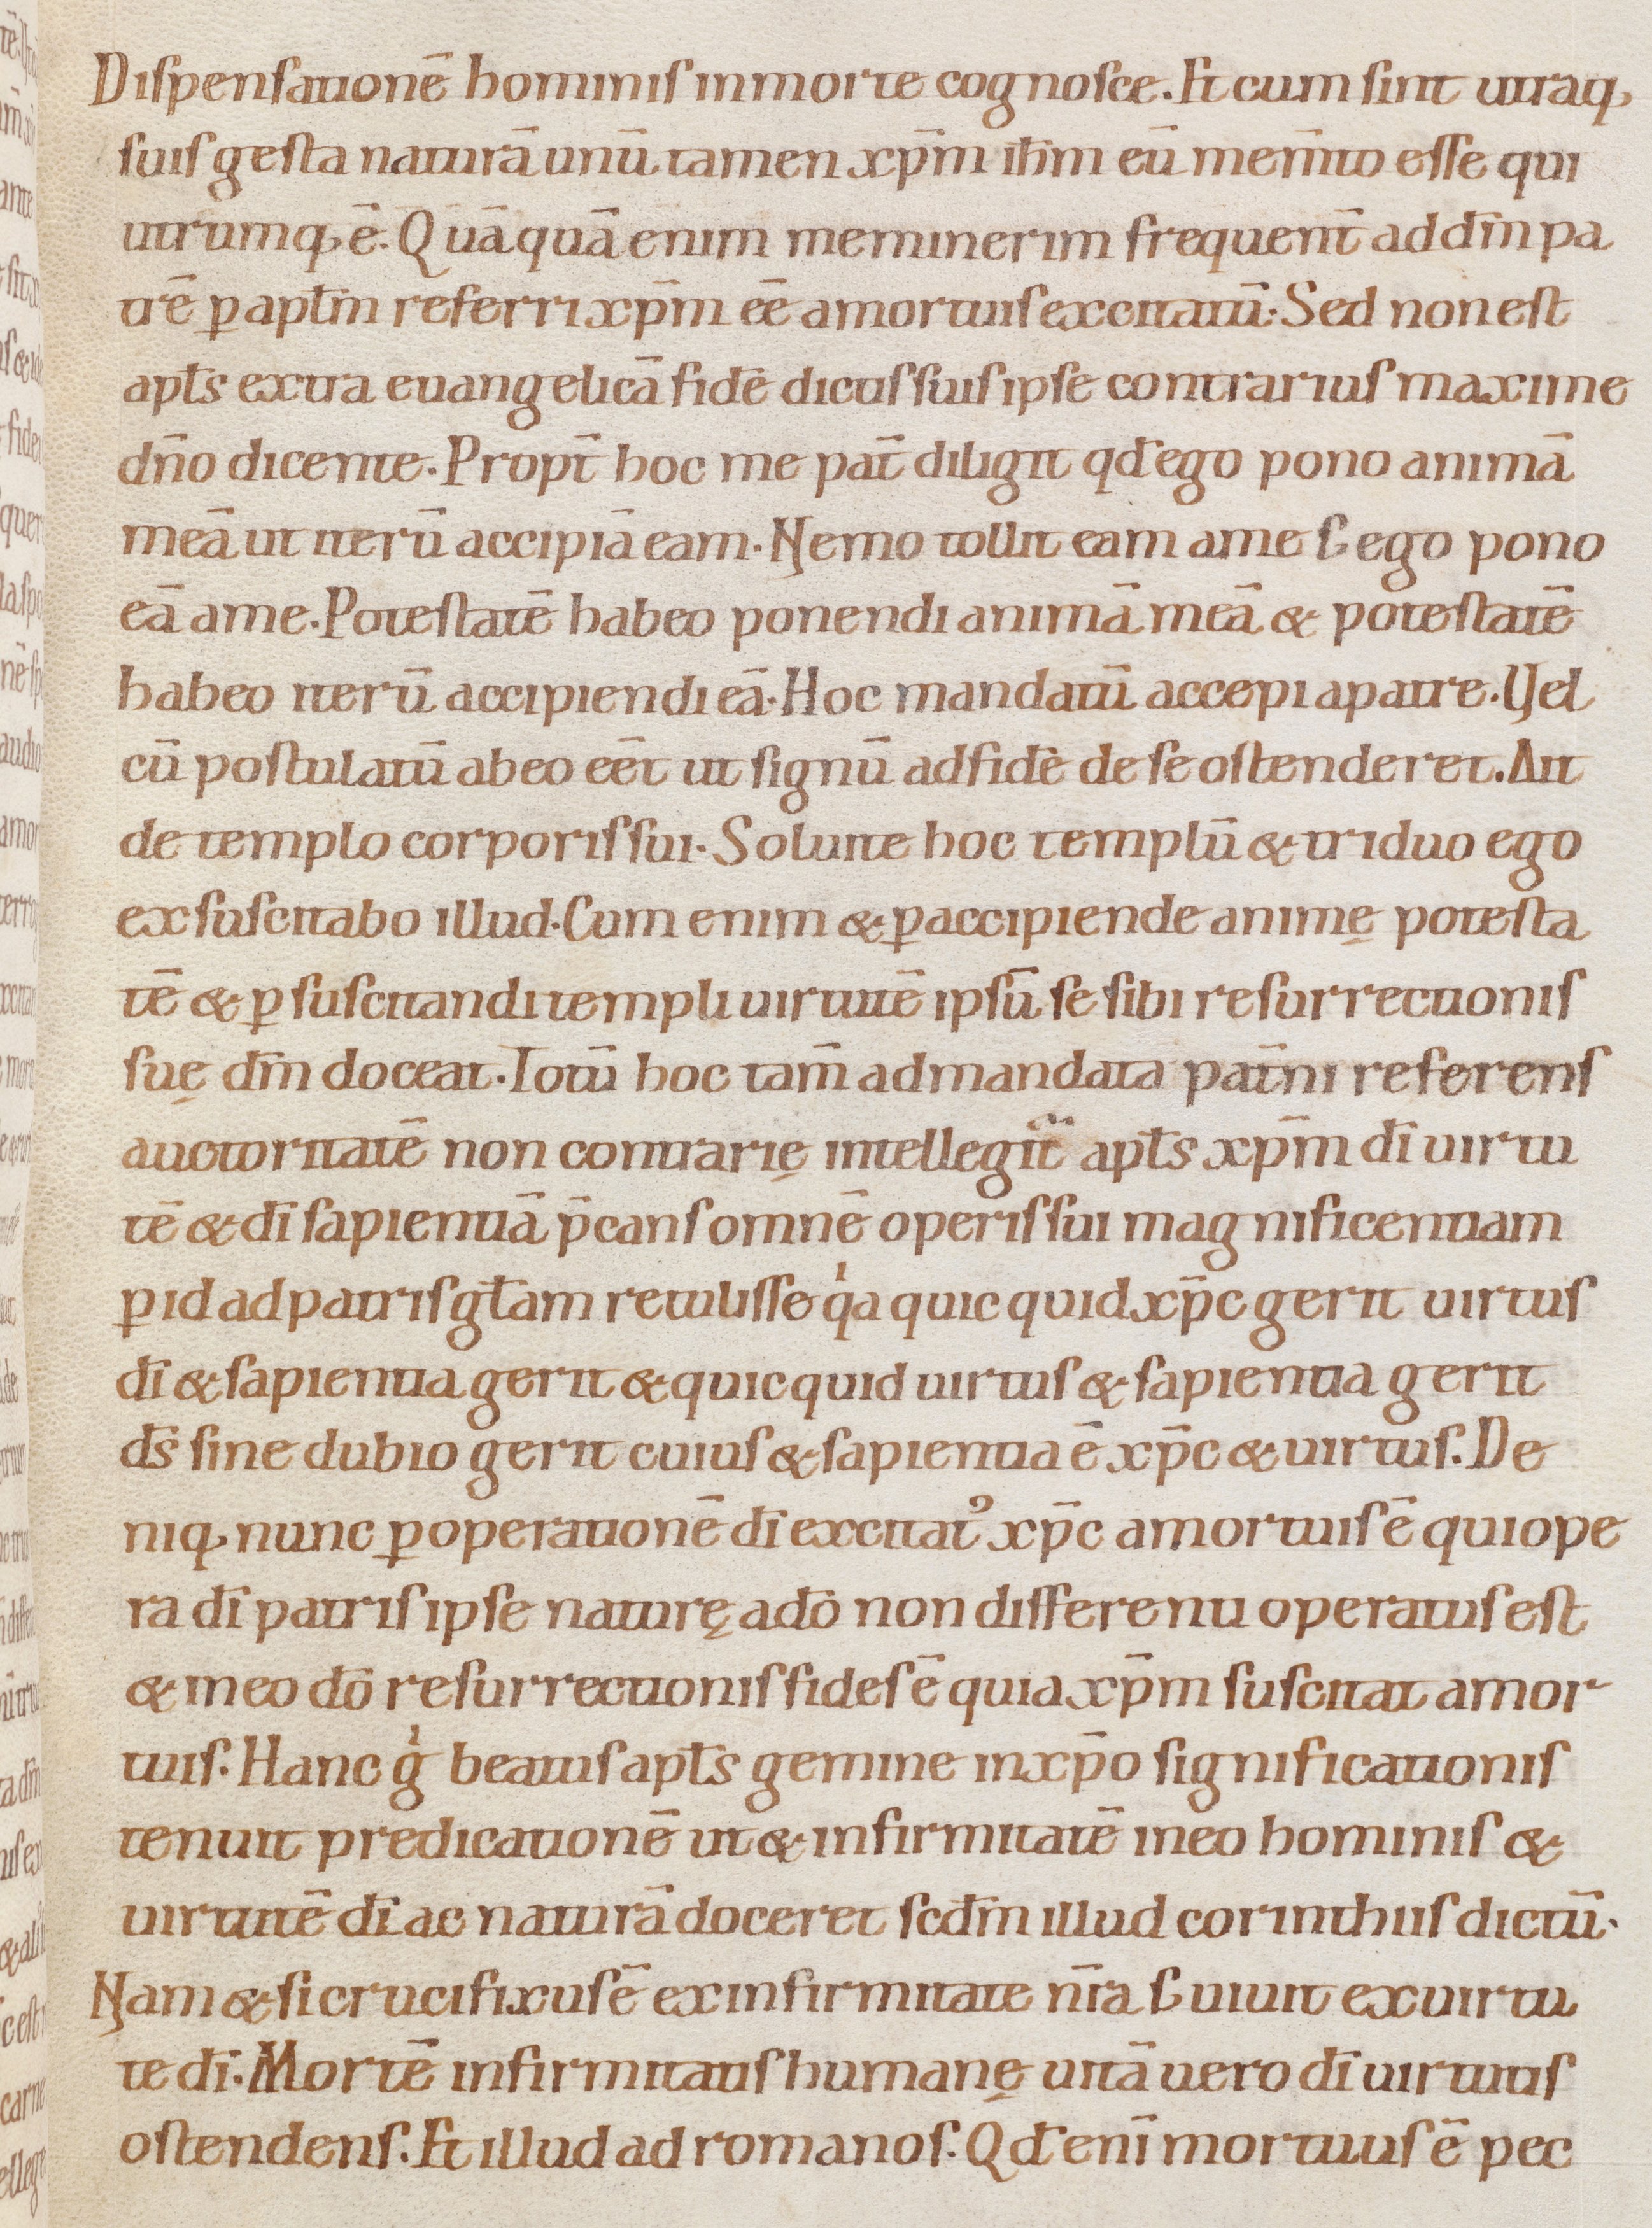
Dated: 1080–1096